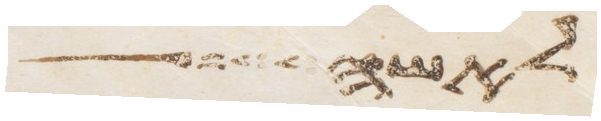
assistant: לאשה